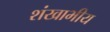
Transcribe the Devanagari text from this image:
शंखाभीय